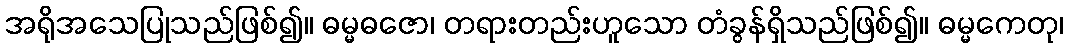
အရိုအသေပြုသည်ဖြစ်၍။ ဓမ္မဓဇော၊ တရားတည်းဟူသော တံခွန်ရှိသည်ဖြစ်၍။ ဓမ္မကေတု၊